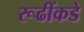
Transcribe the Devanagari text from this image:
रूढींकडे